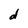
Character: d